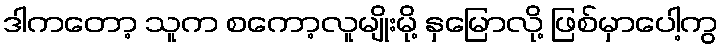
ဒါကတော့ သူက စကော့လူမျိုးမို့ နှမြောလို့ ဖြစ်မှာပေါ့ကွ